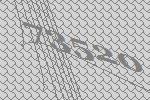
73520